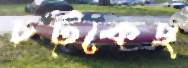
চট্‌কেছ